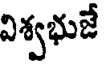
విశ్వభుజే